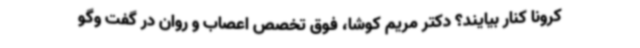
کرونا کنار بیایند؟ دکتر مریم کوشا، فوق تخصص اعصاب و روان در گفت وگو